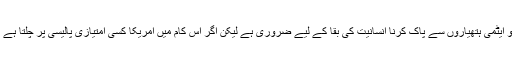
بلاشبہ ایٹمی ہتھیاروں سے جزیرہ نما کوریا ہی کو نہیں بلکہ ساری دنیا کو ایٹمی ہتھیاروں سے پاک کرنا انسانیت کی بقا کے لیے ضروری ہے لیکن اگر اس کام میں امریکا کسی امتیازی پالیسی پر چلتا ہے تو دنیا کو ایٹمی ہتھیاروں سے پاک کرنا مشکل ہی نہیں بلکہ ناممکن ہوگا۔